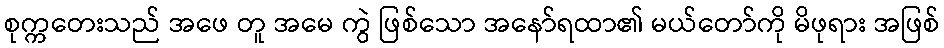
စုက္ကတေးသည် အဖေ တူ အမေ ကွဲ ဖြစ်သော အနော်ရထာ၏ မယ်တော်ကို မိဖုရား အဖြစ်